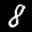
Label: 8